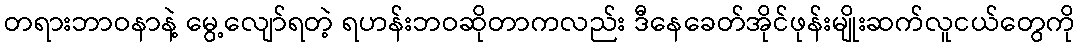
တရားဘာဝနာနဲ့ မွေ့လျော်ရတဲ့ ရဟန်းဘဝဆိုတာကလည်း ဒီနေခေတ်အိုင်ဖုန်းမျိုးဆက်လူငယ်တွေကို